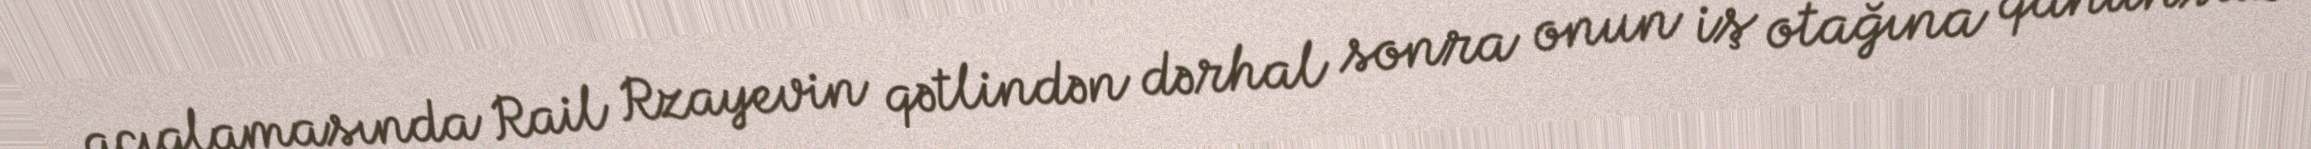
açıqlamasında Rail Rzayevin qətlindən dərhal sonra onun iş otağına qanunsuz